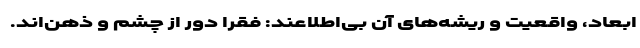
ابعاد، واقعیت و ریشه‌های آن بی‌اطلاعند: فقرا دور از چشم و ذهن‌اند.